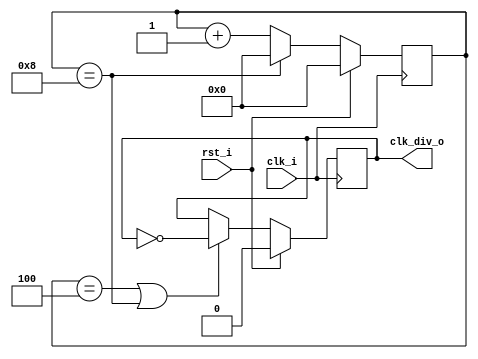
//  

module clock_divider_odd #(
    parameter   TCQ     =   1,
    parameter   C_DIV   =   9,
    parameter   C_FLIP  =   4
) (
    input   wire    clk_i   ,
    input   wire    rst_i   ,
    output  wire    clk_div_o   
);

    reg [$clog2(C_DIV)-1:0] cnt     ;
    reg                     clk_div ;

    always @(posedge clk_i) begin
        if (rst_i) begin
            cnt <=  #TCQ 'd0;
        end else if (cnt == C_DIV-1) begin
            cnt <=  #TCQ 'd0;
        end else begin
            cnt <= #TCQ cnt + 'd1;
        end
    end

    always @(posedge clk_i) begin
        if (rst_i) begin
            clk_div <=  #TCQ 'b0;
        end else if ((cnt == C_FLIP) || (cnt == C_DIV - 1)) begin
            clk_div <=  #TCQ ~clk_div;
        end
    end

    assign  clk_div_o   =   clk_div;
    
endmodule


module clock_divider_odd_or50 #(
    parameter   TCQ     =   1,
    parameter   C_DIV   =   9
) (
    input   wire    clk_i   ,
    input   wire    rst_i   ,
    output  wire    clk_div_o   
);

    reg [$clog2(C_DIV)-1:0] cnt     ;
    reg                     clk_div_pos ;
    reg                     clk_div_neg ;

    always @(posedge clk_i) begin
        if (rst_i) begin
            cnt <=  #TCQ 'd0;
        end else if (cnt == C_DIV-1) begin
            cnt <=  #TCQ 'd0;
        end else begin
            cnt <= #TCQ cnt + 'd1;
        end
    end

    always @(posedge clk_i) begin
        if (rst_i) begin
            clk_div_pos <=  #TCQ 'b0;
        end else if (cnt == C_DIV >> 1 - 1) begin
            clk_div_pos <=  #TCQ 'b0;
        end else if (cnt == C_DIV - 1) begin
            clk_div_pos <=  #TCQ 'b1;
        end
    end

    always @(negedge clk_i) begin
        if (rst_i) begin
            clk_div_neg <=  #TCQ 'b0;
        end else if (cnt == C_DIV >> 1 - 1) begin
            clk_div_neg <=  #TCQ 'b0;
        end else if (cnt == C_DIV - 1) begin
            clk_div_neg <=  #TCQ 'b1;
        end
    end

    assign  clk_div_o   =   clk_div_pos | clk_div_neg;

endmodule

module clock_divider_odd_and50 #(
    parameter   TCQ     =   1,
    parameter   C_DIV   =   9
) (
    input   wire    clk_i   ,
    input   wire    rst_i   ,
    output  wire    clk_div_o   
);

    reg [$clog2(C_DIV)-1:0] cnt     ;
    reg                     clk_div_pos ;
    reg                     clk_div_neg ;

    always @(posedge clk_i) begin
        if (rst_i) begin
            cnt <=  #TCQ 'd0;
        end else if (cnt == C_DIV-1) begin
            cnt <=  #TCQ 'd0;
        end else begin
            cnt <= #TCQ cnt + 'd1;
        end
    end

    always @(posedge clk_i) begin
        if (rst_i) begin
            clk_div_pos <=  #TCQ 'b0;
        end else if (cnt == C_DIV >> 1) begin
            clk_div_pos <=  #TCQ 'b0;
        end else if (cnt == C_DIV - 1) begin
            clk_div_pos <=  #TCQ 'b1;
        end
    end

    always @(negedge clk_i) begin
        if (rst_i) begin
            clk_div_neg <=  #TCQ 'b0;
        end else if (cnt == C_DIV >> 1) begin
            clk_div_neg <=  #TCQ 'b0;
        end else if (cnt == C_DIV - 1) begin
            clk_div_neg <=  #TCQ 'b1;
        end
    end

    assign  clk_div_o   =   clk_div_pos & clk_div_neg;

endmodule